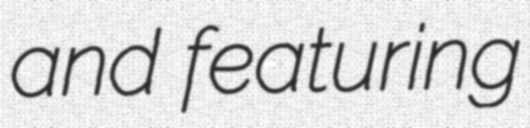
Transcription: and featuring